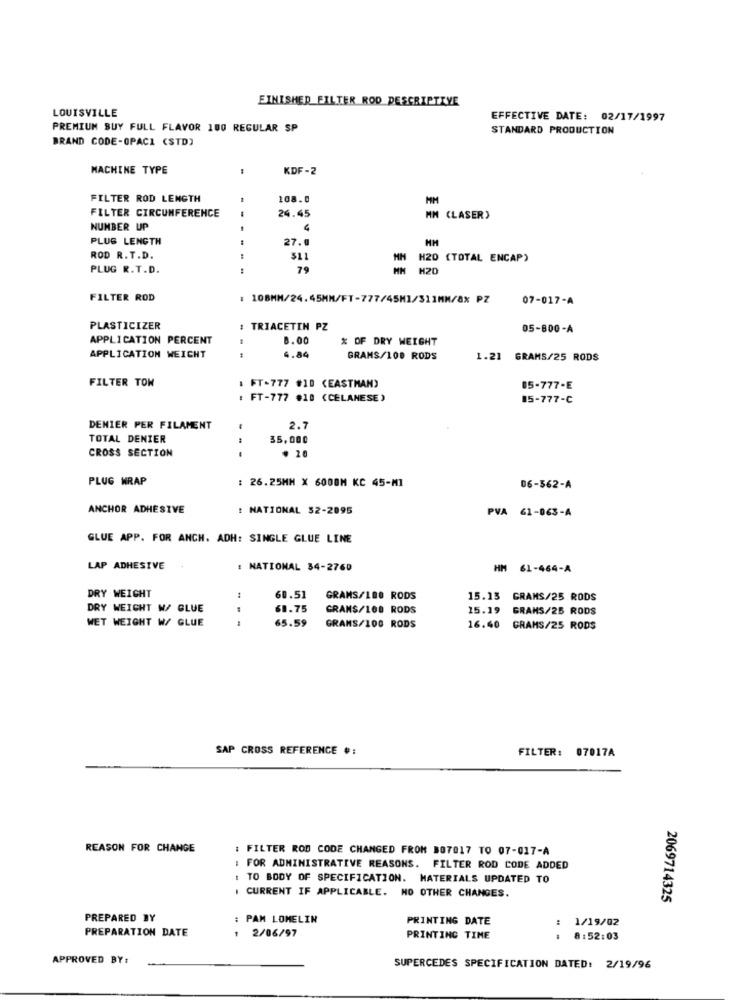
FINISHED FILTER ROD DESCRIPTIVE
LOUISVILLE
EFFECTIVE DATE: 02/17/1997
PREMIUM BUY FULL FLAVOR 100 REGULAR SP
STANDARD PRODUCTION
BRAND CODE-OPACI (STD)
MACHINE TYPE
KDF -2
FILTER ROD LENGTH
1
108.0
24.45
FILTER CIRCUMFERENCE
MM (LASER)
NUMBER UP
4
PLUS LENGTH
27.0
ROD R. T.D.
$11
H20 (TOTAL ENCAP)
PLUG R.T.D.
FILTER ROD
: 108MM/24.45MM/FT-777/45H1/311MM/8x PZ
07-017-A
PLASTICIZER
TRIACETIN PZ
05-800-A
APPLICATION PERCENT
8.00
% OF DRY WEIGHT
44
APPLICATION WEICHT
4.84
GRAMS/100 RODS
1.21 GRAMS/25 RODS
FILTER TON
: FT-777 #10 (EASTMAN)
05-777-E
: FT-777 #10 (CELANESE)
15-777-C
DENIER PER FILAMENT
2.7
TOTAL DENIER
35,000
CROSS SECTION
---
. 20
PLUG WRAP
: 26.25MM X 6000M KC 45-MI
06-362-A
ANCHOR ADHESIVE
: NATIONAL $2-2095
PVA 61-063-A
GLUE APP. FOR ANCH. ADH: SINGLE GLUE LINE
LAP ADHESIVE
: NATIONAL 34-2760
HM 61-464-A
DRY WEIGHT
:
60.51
GRAMS/100 RODS
15.13 GRAMS/25 RODS
DRY WEIGHT W/ GLUE
61.75
GRANS/100 RODS
15.19 GRAMS/25 RODS
WET WEIGHT W/ GLUE
65.59
GRANS/100 RODS
16.40 GRAMS/25 RODS
SAP CROSS REFERENCE # :
FILTER: 07017A
REASON FOR CHANGE
: FILTER ROD CODE CHANGED FROM 807017 TO 07-017-A
: FOR ADMINISTRATIVE REASONS. FILTER ROD CODE ADDED
TO BODY OF SPECIFICATION. MATERIALS UPDATED TO
CURRENT IF APPLICABLE. NO OTHER CHANGES.
2069714325
PREPARED BY
: PAM LOMELIN
PRINTING DATE
1/19/02
PREPARATION DATE
1 2/06/97
PRINTING TIME
8:52:03
APPROVED BY:
SUPERCEDES SPECIFICATION DATED: 2/19/96